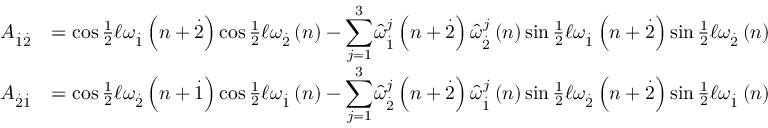
\begin{array} { r l } { A _ { \overset { . } { 1 } \overset { . } { 2 } } } & { = \cos \frac { 1 } { 2 } \mathcal { \ell } \omega _ { \overset { . } { 1 } } \left( n + \overset { . } { 2 } \right) \cos \frac { 1 } { 2 } \mathcal { \ell } \omega _ { \overset { . } { 2 } } \left( n \right) - { \displaystyle \sum _ { j = 1 } ^ { 3 } } \widehat { \omega } _ { \overset { . } { 1 } } ^ { j } \left( n + \overset { . } { 2 } \right) \widehat { \omega } _ { \overset { . } { 2 } } ^ { j } \left( n \right) \sin \frac { 1 } { 2 } \mathcal { \ell } \omega _ { \overset { . } { 1 } } \left( n + \overset { . } { 2 } \right) \sin \frac { 1 } { 2 } \mathcal { \ell } \omega _ { \overset { . } { 2 } } \left( n \right) } \\ { A _ { \overset { . } { 2 } \overset { . } { 1 } } } & { = \cos \frac { 1 } { 2 } \mathcal { \ell } \omega _ { \overset { . } { 2 } } \left( n + \overset { . } { 1 } \right) \cos \frac { 1 } { 2 } \mathcal { \ell } \omega _ { \overset { . } { 1 } } \left( n \right) - { \displaystyle \sum _ { j = 1 } ^ { 3 } } \widehat { \omega } _ { \overset { . } { 2 } } ^ { j } \left( n + \overset { . } { 2 } \right) \widehat { \omega } _ { \overset { . } { 1 } } ^ { j } \left( n \right) \sin \frac { 1 } { 2 } \mathcal { \ell } \omega _ { \overset { . } { 2 } } \left( n + \overset { . } { 2 } \right) \sin \frac { 1 } { 2 } \mathcal { \ell } \omega _ { \overset { . } { 1 } } \left( n \right) } \end{array}